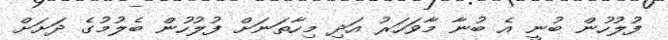
ފުލުހުން ބުނީ އެ ބުނާ މާވަހަރު އަދި މިހާތަނަށް ފުލުހުން ބެލުމުގެ ދަށަށް